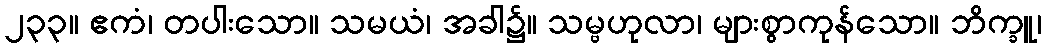
၂၃၃။ ဧကံ၊ တပါးသော။ သမယံ၊ အခါ၌။ သမ္ဗဟုလာ၊ များစွာကုန်သော။ ဘိက္ခူ၊